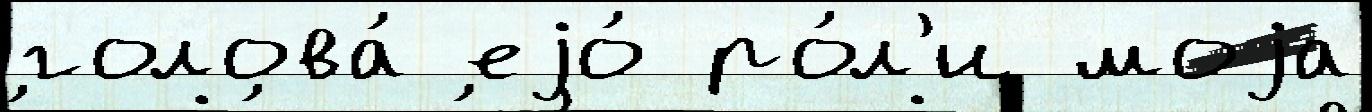
голова́ еjо́ ро́л'и моjа